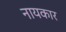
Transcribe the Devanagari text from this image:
नायकार